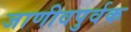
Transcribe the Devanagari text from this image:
जाणीवपुर्वक